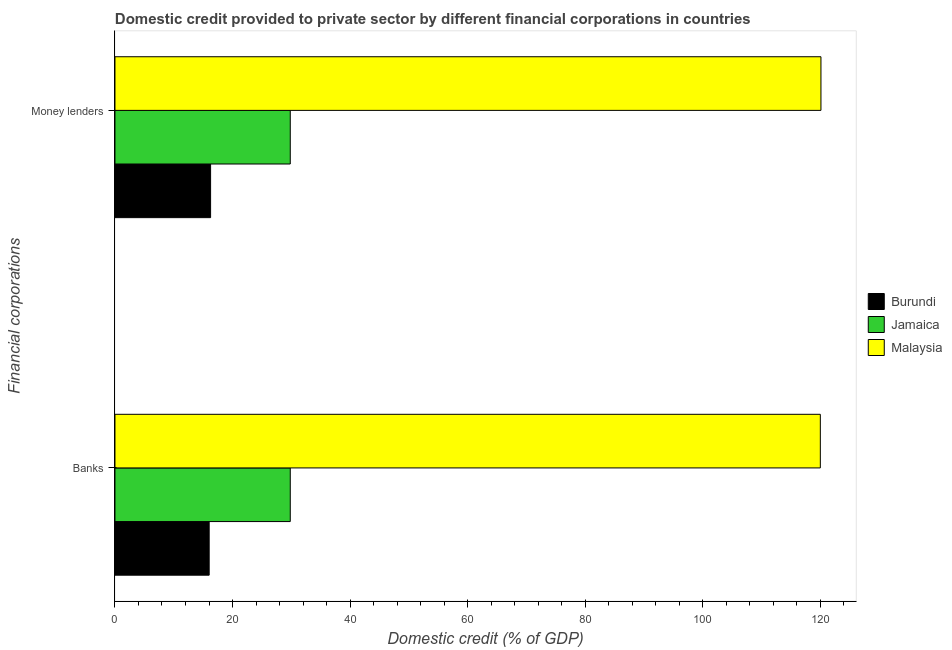
| Financial corporations | Burundi | Jamaica | Malaysia |
 | --- | --- | --- | --- |
 | Banks | 16 | 29.8 | 120 |
 | Money lenders | 16.3 | 29.8 | 120 |